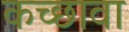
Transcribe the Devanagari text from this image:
कच्छावा